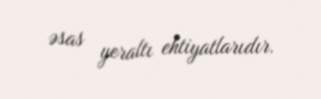
əsas yeraltı ehtiyatlarıdır.